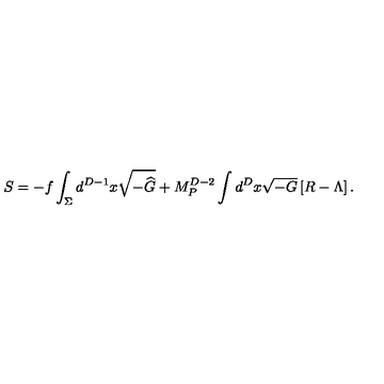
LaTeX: S = - f \int _ { \Sigma } d ^ { D - 1 } x \sqrt { - { \widehat G } } + M _ { P } ^ { D - 2 } \int d ^ { D } x \sqrt { - G } \left[ R - \Lambda \right] .